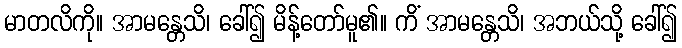
မာတလိကို။ အာမန္တေသိ၊ ခေါ်၍ မိန့်တော်မူ၏။ ကိံ အာမန္တေသိ၊ အဘယ်သို့ ခေါ်၍